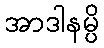
အာဒါနမ္ပိ